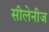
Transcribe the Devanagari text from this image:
सीलेनीज